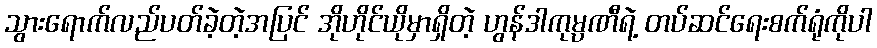
သွားရောက်လည်ပတ်ခဲ့တဲ့အပြင် အိုဟိုင်ယိုမှာရှိတဲ့ ဟွန်ဒါကုမ္ပဏီရဲ့ တပ်ဆင်ရေးစက်ရုံကိုပါ